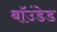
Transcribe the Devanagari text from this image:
बॉउंडेड